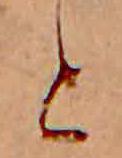
と